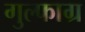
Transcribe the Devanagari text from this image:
गुल्फाग्र